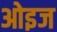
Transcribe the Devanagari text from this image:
ओइज